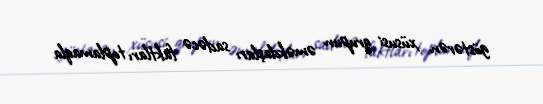
göstərən xüsusi qrupun əməkdaşları sadəcə faktları toplamaqla